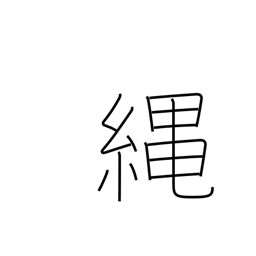
Meaning: cord